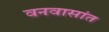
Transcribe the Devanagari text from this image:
वनवासांत